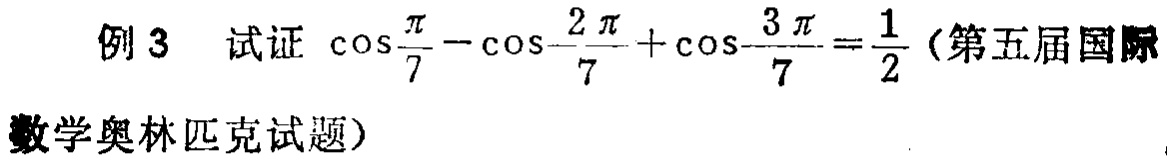
例 3 试证 $\cos\frac{\pi}{7}-\cos\frac{2\pi}{7}+\cos\frac{3\pi}{7}=\frac{1}{2}$ (第五届国际
数学奥林匹克试题)